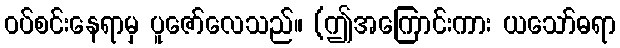
ဝပ်စင်းနေရာမှ ပူဇော်လေသည်။ (ဤအကြောင်းကား ယသော်ဓရာ